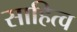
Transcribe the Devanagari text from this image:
साहित्व